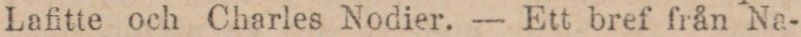
Lafitte och Charles Nodier. — Ett bref från Na-